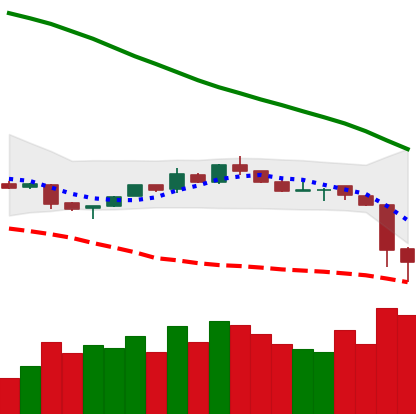
Ticker: NEO-USD
Chart end date: 2018-11-15
Forward return: -31.126%
Label: down_7plus